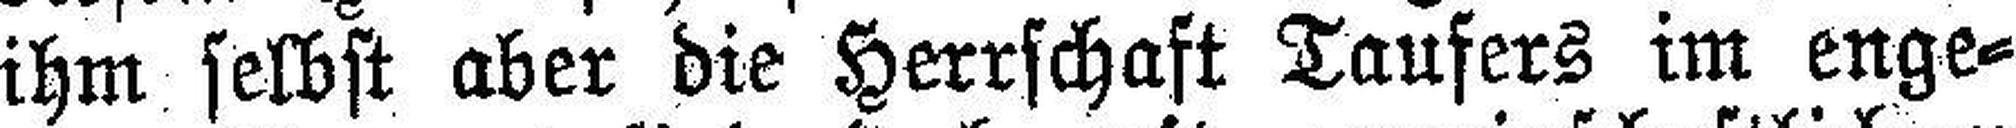
ihm selbst aber die Herrschaft Taufers im enge¬